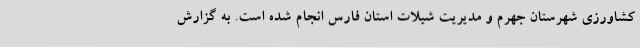
کشاورزی شهرستان جهرم و مدیریت شیلات استان فارس انجام شده است. به گزارش